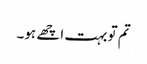
تم تو بہت اچھے ہو۔